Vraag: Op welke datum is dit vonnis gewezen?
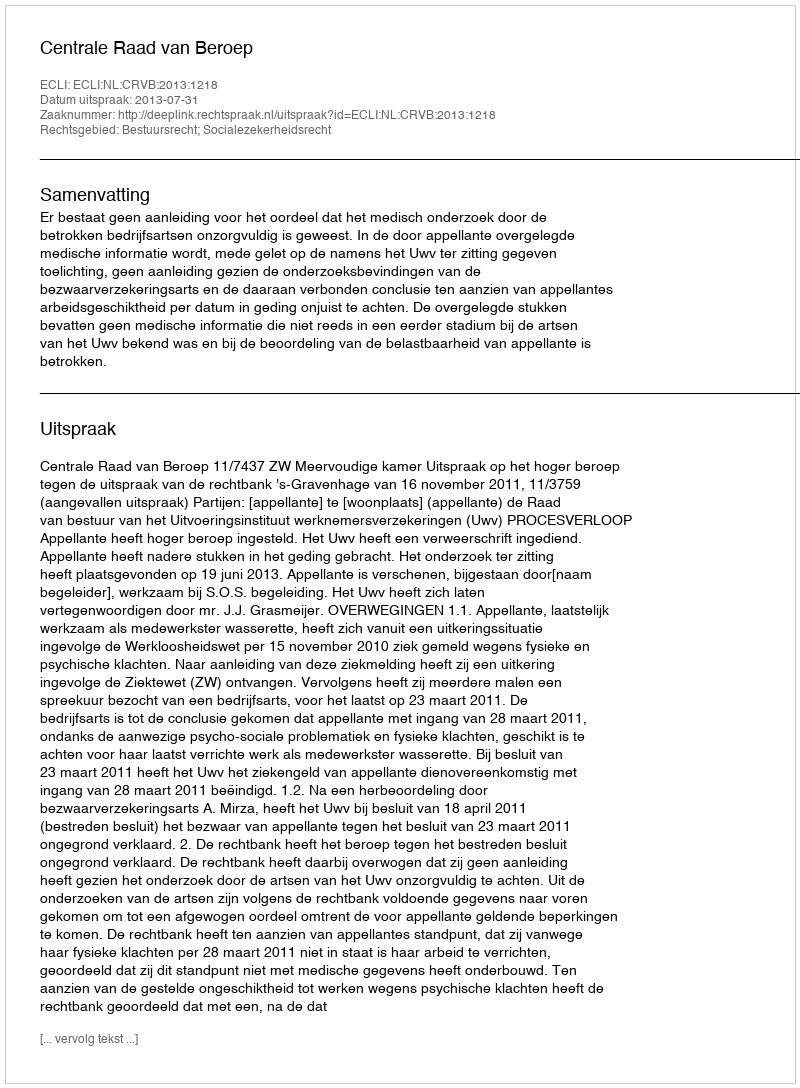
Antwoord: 2013-07-31